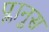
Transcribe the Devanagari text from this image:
प्लानुस